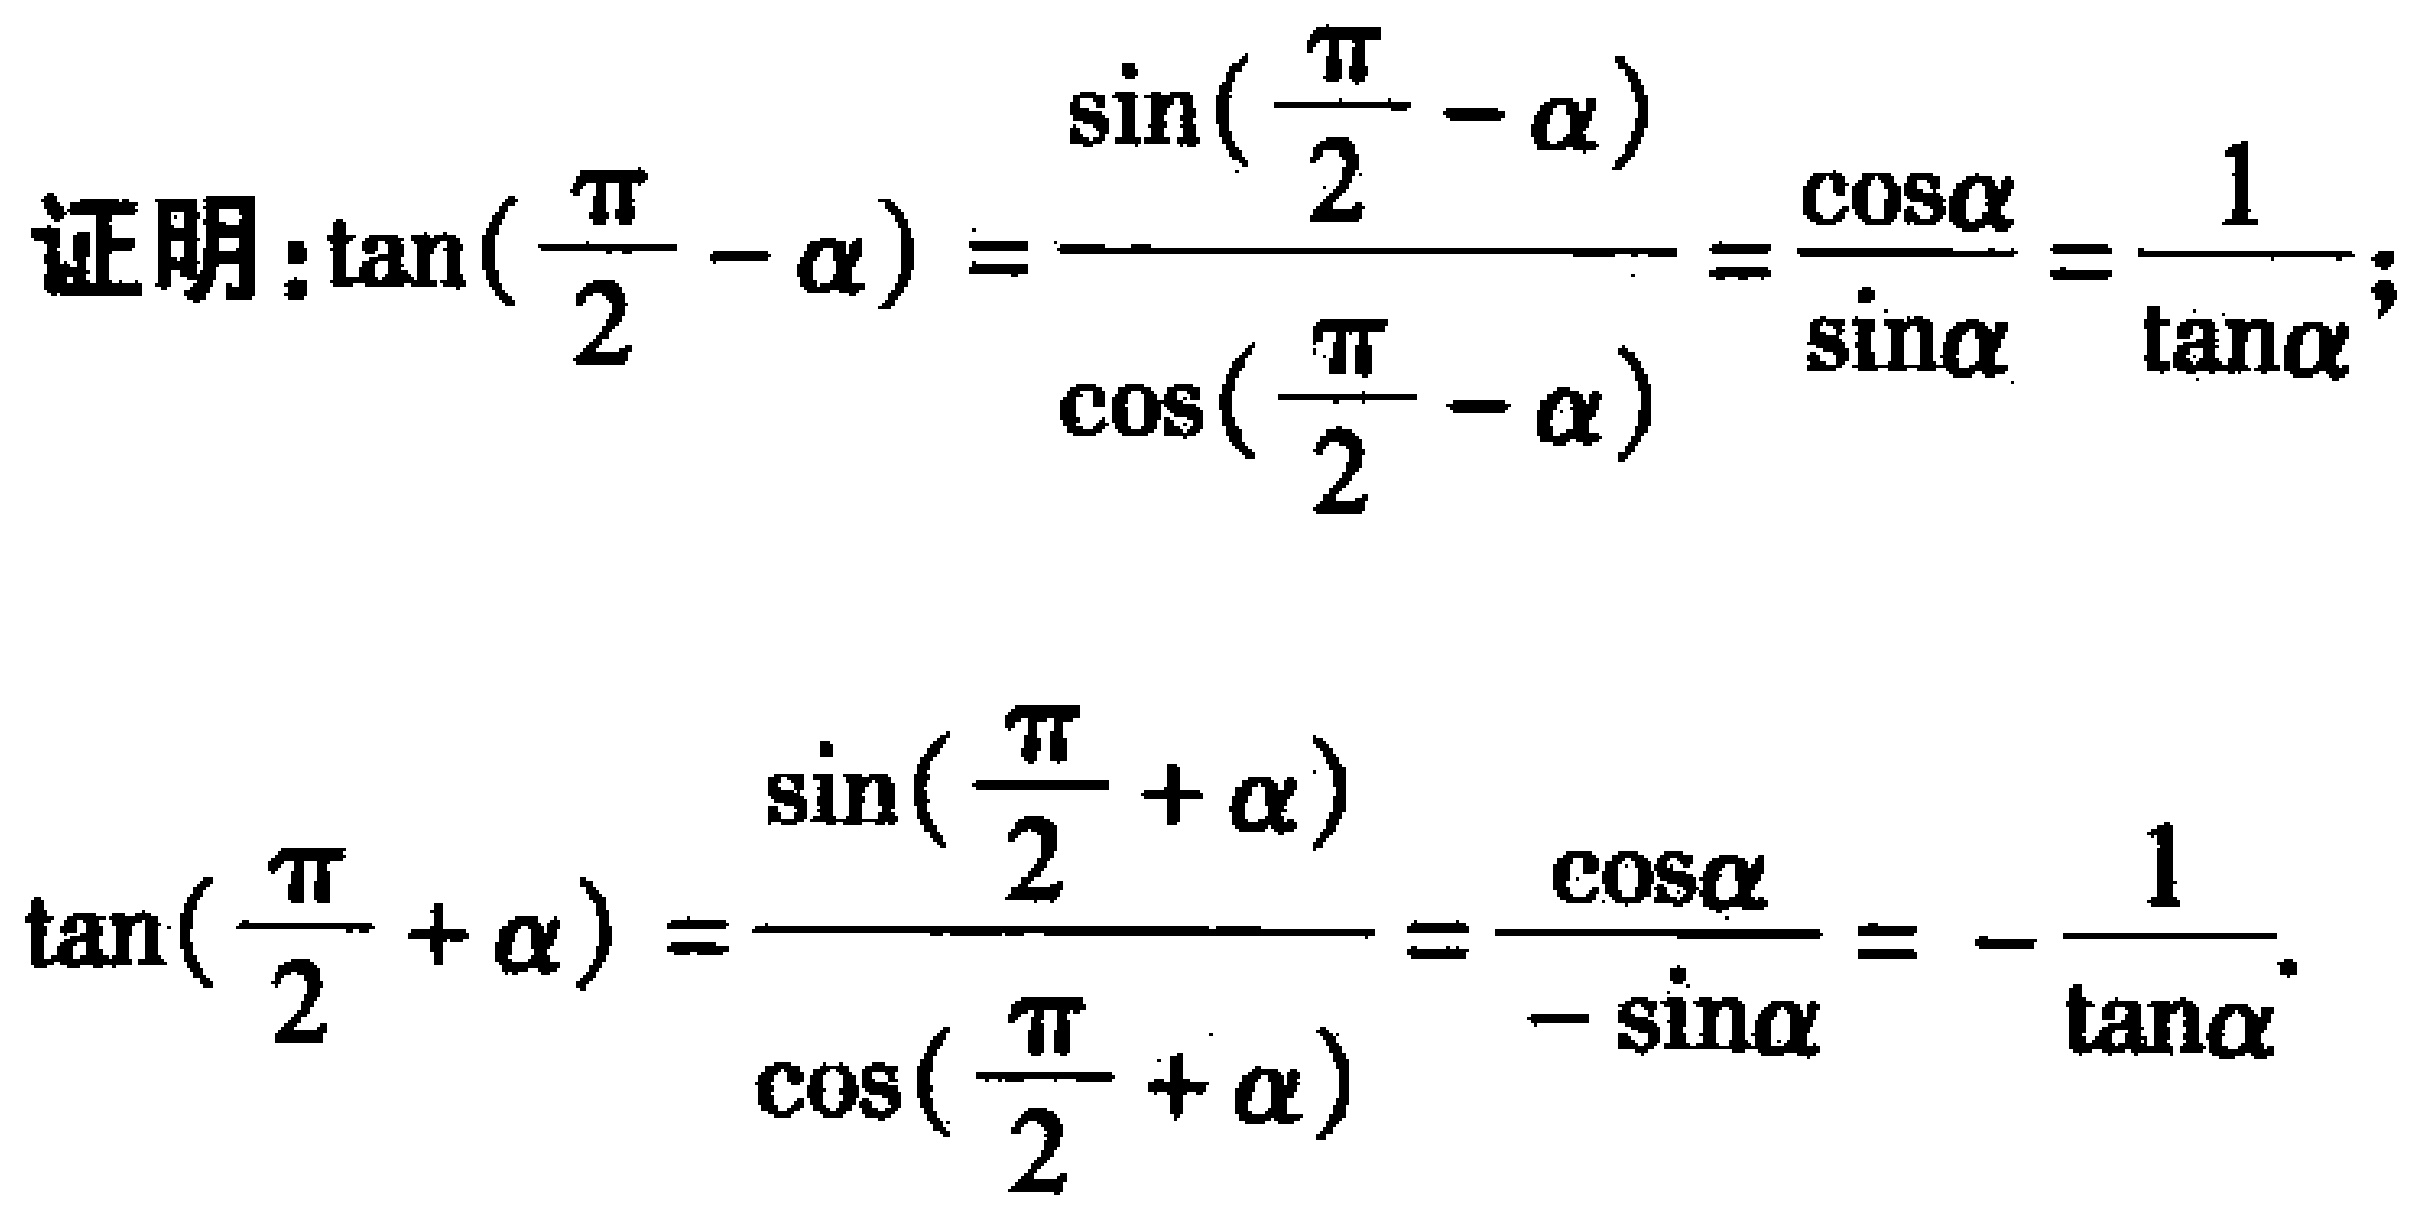
证明：\(\tan(\frac{\pi}{2} - \alpha)=\frac{\sin(\frac{\pi}{2} - \alpha)}{\cos(\frac{\pi}{2} - \alpha)}=\frac{\cos\alpha}{\sin\alpha}=\frac{1}{\tan\alpha}\)；

\(\tan(\frac{\pi}{2} + \alpha)=\frac{\sin(\frac{\pi}{2} + \alpha)}{\cos(\frac{\pi}{2} + \alpha)}=\frac{\cos\alpha}{-\sin\alpha}=-\frac{1}{\tan\alpha}\)。